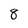
Character: 8